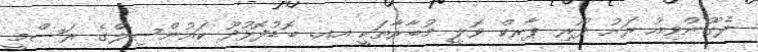
ލެގޫންވިއު ރަށު ފޯރި ޕާރކް ވޮލީ މުބާރާތަކީ އއ. ބޮޑުފޮޅުދޫ ކައުންސިލްގެ ރަސްމީ